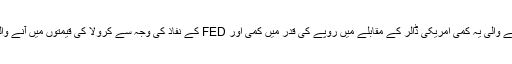
جولائی سے فروخت میں آنے والی یہ کمی امریکی ڈالر کے مقابلے میں روپے کی قدر میں کمی اور FED کے نفاذ کی وجہ سے کرولا کی قیمتوں میں آنے والے اضافے کی بدولت ہوئی۔